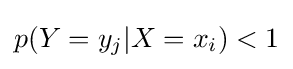
p(Y=y_{j}|X=x_{i})<1